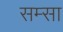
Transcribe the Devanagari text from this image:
सम्सा